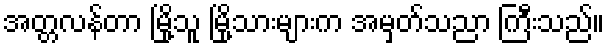
အတ္တလန်တာ မြို့သူ မြို့သားများက အမှတ်သညာ ကြီးသည်။